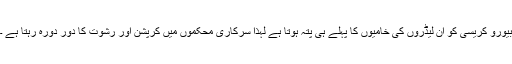
بیورو کریسی کو ان لیڈروں کی خامیوں کا پہلے ہی پتہ ہوتا ہے لہذا سرکاری محکموں میں کرپشن اور رشوت کا دور دورہ رہتا ہے ۔